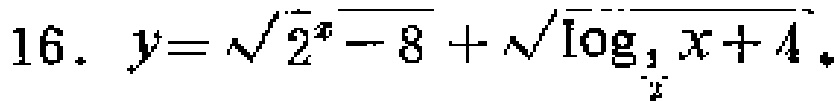
\(16.\ y = \sqrt{2^{x}-8}+\sqrt{\log_{\frac{1}{2}}x + 4}\)